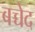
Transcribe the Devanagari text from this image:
बच्चेद